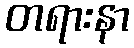
တရားနာ